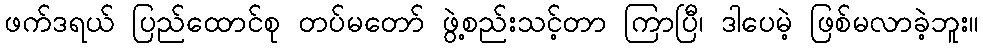
ဖက်ဒရယ် ပြည်ထောင်စု တပ်မတော် ဖွဲ့စည်းသင့်တာ ကြာပြီ၊ ဒါပေမဲ့ ဖြစ်မလာခဲ့ဘူး။